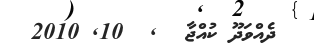
ދެއްވަދޫ ކުއްޖާ